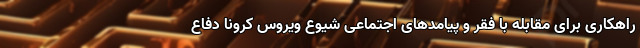
راهکاری برای مقابله با فقر و پیامدهای اجتماعی شیوع ویروس کرونا دفاع